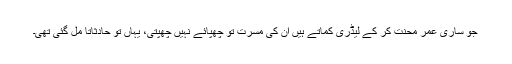
جو ساری عمر محنت کر کے لیڈری کماتے ہیں ان کی مسرت تو چھپائے نہیں چھپتی، یہاں تو حادثاتاً مل گئی تھی۔